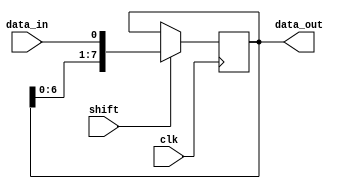
module SIPO (
  input wire clk,
  input wire shift,
  input wire data_in,
  output reg [7:0] data_out
);
  
  reg [7:0] shift_reg;

  always @(posedge clk) begin
    if (shift) begin
      shift_reg <= {shift_reg[6:0], data_in};
    end
  end

  assign data_out = shift_reg;

endmodule